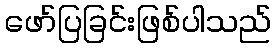
ဖော်ပြခြင်းဖြစ်ပါသည်